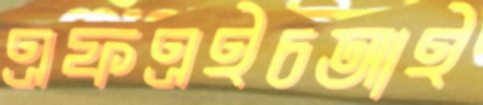
এফএইচআই